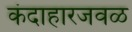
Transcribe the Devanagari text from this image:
कंदाहारजवळ